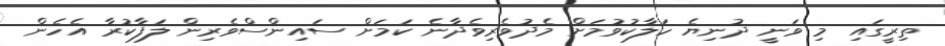
ތިރީގައި މި ވަނީ ދުނިޔެ ހަލާކުވުމަށް މެދުވެރިވެދާނެ ކަމަށް ސައިންސްވެރިން ލަފާކުރާ އެހެން